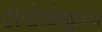
ટોપોલોજીકલ